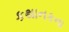
કથાનકના